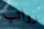
رواتب